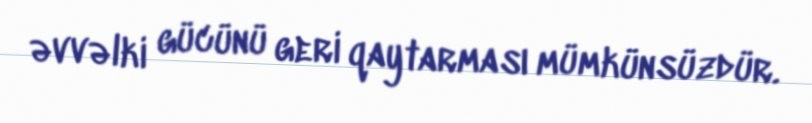
əvvəlki gücünü geri qaytarması mümkünsüzdür.